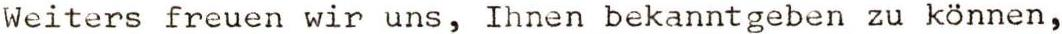
Weiters freuen wir uns, Ihnen bekanntgeben zu können,